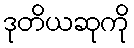
ဒုတိယဆုကို